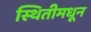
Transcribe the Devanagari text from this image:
स्थितीमधून